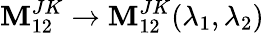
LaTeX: \mathbf{M}_{12}^{JK}\rightarrow\mathbf{M}_{12}^{JK}(\lambda_{1},\lambda_{2})